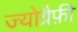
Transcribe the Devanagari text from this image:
ज्योग्रैफ़ी